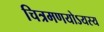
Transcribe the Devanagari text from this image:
चित्रमणयोऽयस्य